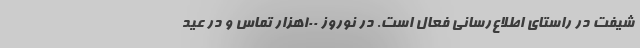
شیفت در راستای اطلاع‌رسانی فعال است. در نوروز ۱۰۰هزار تماس و در عید